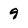
Character: 9